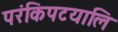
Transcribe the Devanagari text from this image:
परंकिपटयालि